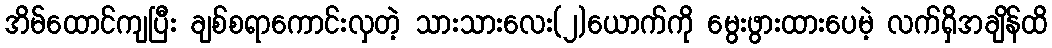
အိမ်ထောင်ကျပြီး ချစ်စရာကောင်းလှတဲ့ သားသားလေး(၂)ယောက်ကို မွေးဖွားထားပေမဲ့ လက်ရှိအချိန်ထိ